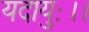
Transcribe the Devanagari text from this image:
यदायुः।।